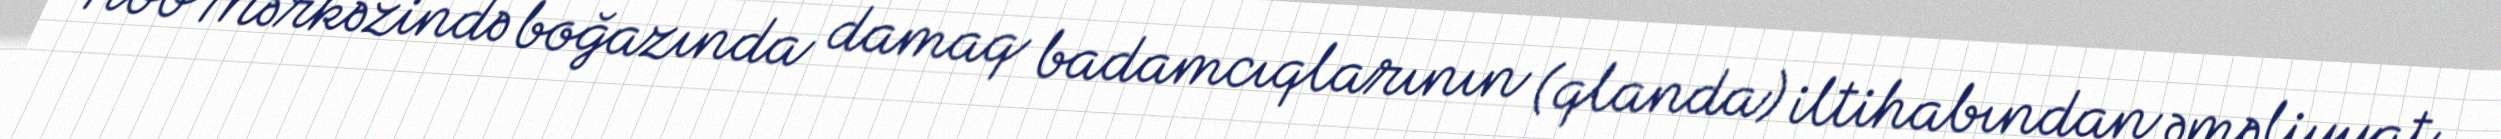
Tibb Mərkəzində boğazında damaq badamcıqlarının (qlanda) iltihabından əməliyyat